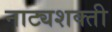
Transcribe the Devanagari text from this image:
नाट्यशक्ती